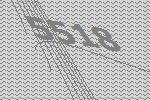
5518